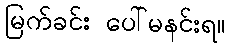
မြက်ခင်း ပေါ်မနင်းရ။